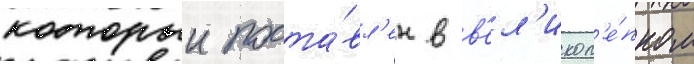
которыи поста́вл'ен в в'ел'икол'е́пном